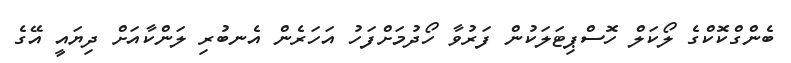
ބެންގްކޮކްގެ ލޯކަލް ހޮސްޕިޓަލަކުން ފަރުވާ ހޯދުމަށްފަހު އަހަރެން އެނބުރި ލަންކާއަށް ދިޔައީ އޭގެ